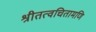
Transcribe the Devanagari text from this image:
श्रीतत्वचितामणि